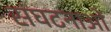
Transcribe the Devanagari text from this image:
संघटनाओं